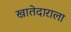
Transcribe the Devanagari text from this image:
खातेदाराला